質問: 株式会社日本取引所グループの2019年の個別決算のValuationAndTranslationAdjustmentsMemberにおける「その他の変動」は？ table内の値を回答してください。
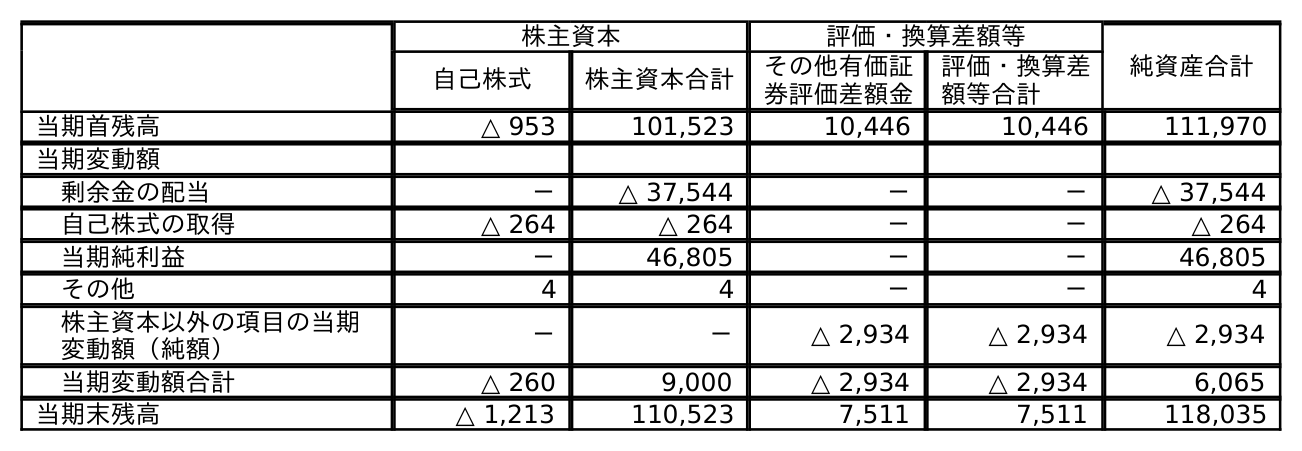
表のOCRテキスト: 株主資本 評価・換算差額等 純資産合計 自己株式 株主資本合計 その他有価証 券評価差額金 評価・換算差 額等合計 当期首残高 △ 953 101,523 10,446 10,446 111,970 当期変動額 剰余金の配当 － △ 37,544 － － △ 37,544 自己株式の取得 △ 264 △ 264 － － △ 264 当期純利益 － 46,805 － － 46,805 その他 4 4 － － 4 株主資本以外の項目の当期 変動額（純額） － － △ 2,934 △ 2,934 △ 2,934 当期変動額合計 △ 260 9,000 △ 2,934 △ 2,934 6,065 当期末残高 △ 1,213 110,523 7,511 7,511 118,035
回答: －